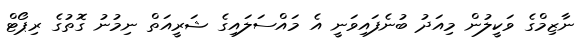
ނާޒިމްގެ ވަކީލުން މިއަދު ބުނެފައިވަނީ އެ މައްސަލައިގެ ޝަރީއަތް ނިމުނު ގޮތުގެ ރިޕޯޓް